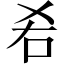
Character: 𠯌